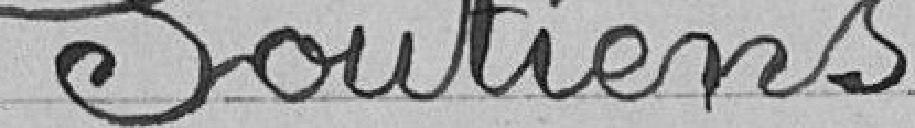
Soutiens